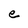
Character: e